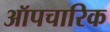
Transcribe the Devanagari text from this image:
ऑपचारिक